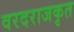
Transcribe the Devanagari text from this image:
वरदराजकृत